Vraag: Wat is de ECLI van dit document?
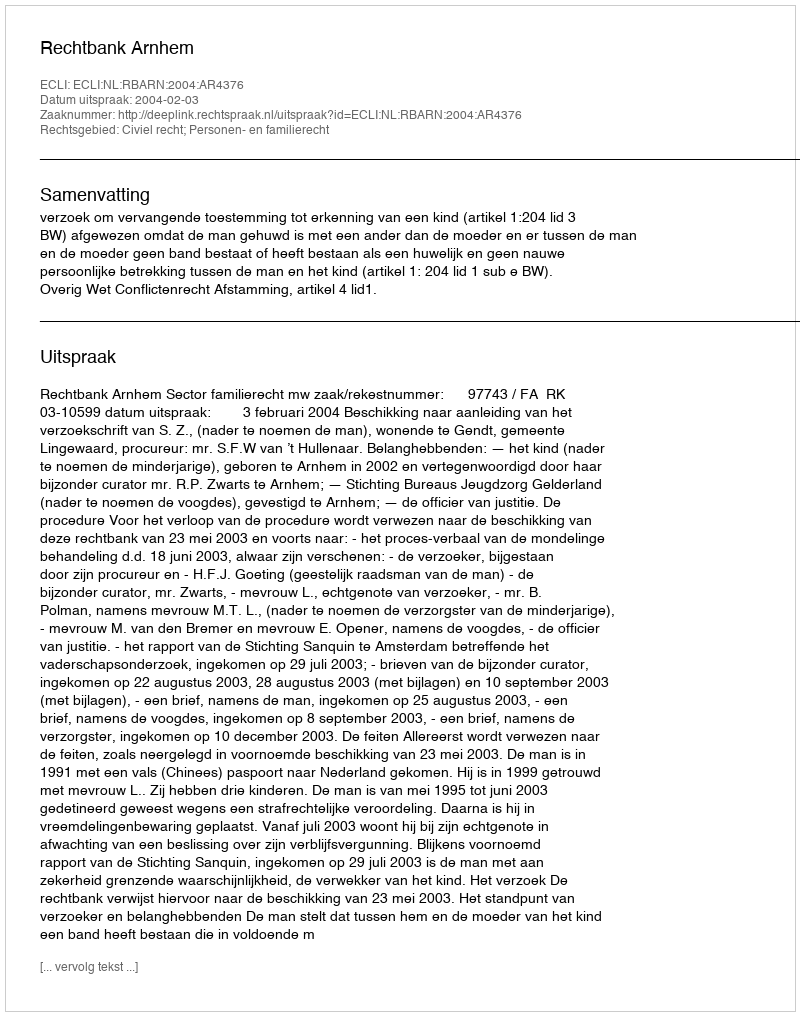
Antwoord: ECLI:NL:RBARN:2004:AR4376